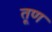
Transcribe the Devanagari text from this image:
तूण